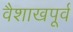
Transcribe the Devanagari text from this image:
वैशाखपूर्व